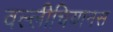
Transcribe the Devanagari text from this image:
वल्लीचियानस